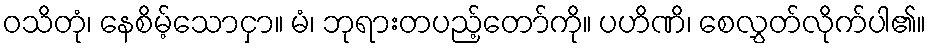
ဝသိတုံ၊ နေစိမ့်သောငှာ။ မံ၊ ဘုရားတပည့်တော်ကို။ ပဟိဏိ၊ စေလွှတ်လိုက်ပါ၏။